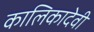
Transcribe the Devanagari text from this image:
कालिकादेवी